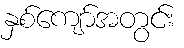
နှစ်ကျော်အတွင်း